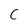
Character: c